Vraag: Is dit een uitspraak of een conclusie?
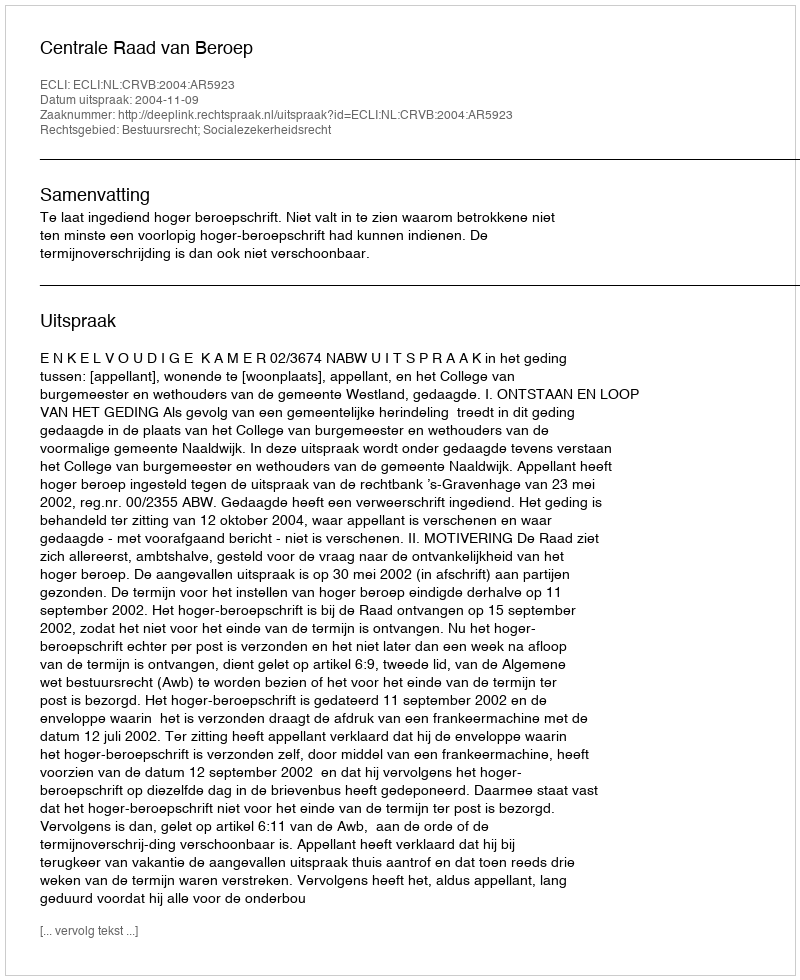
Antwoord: Uitspraak